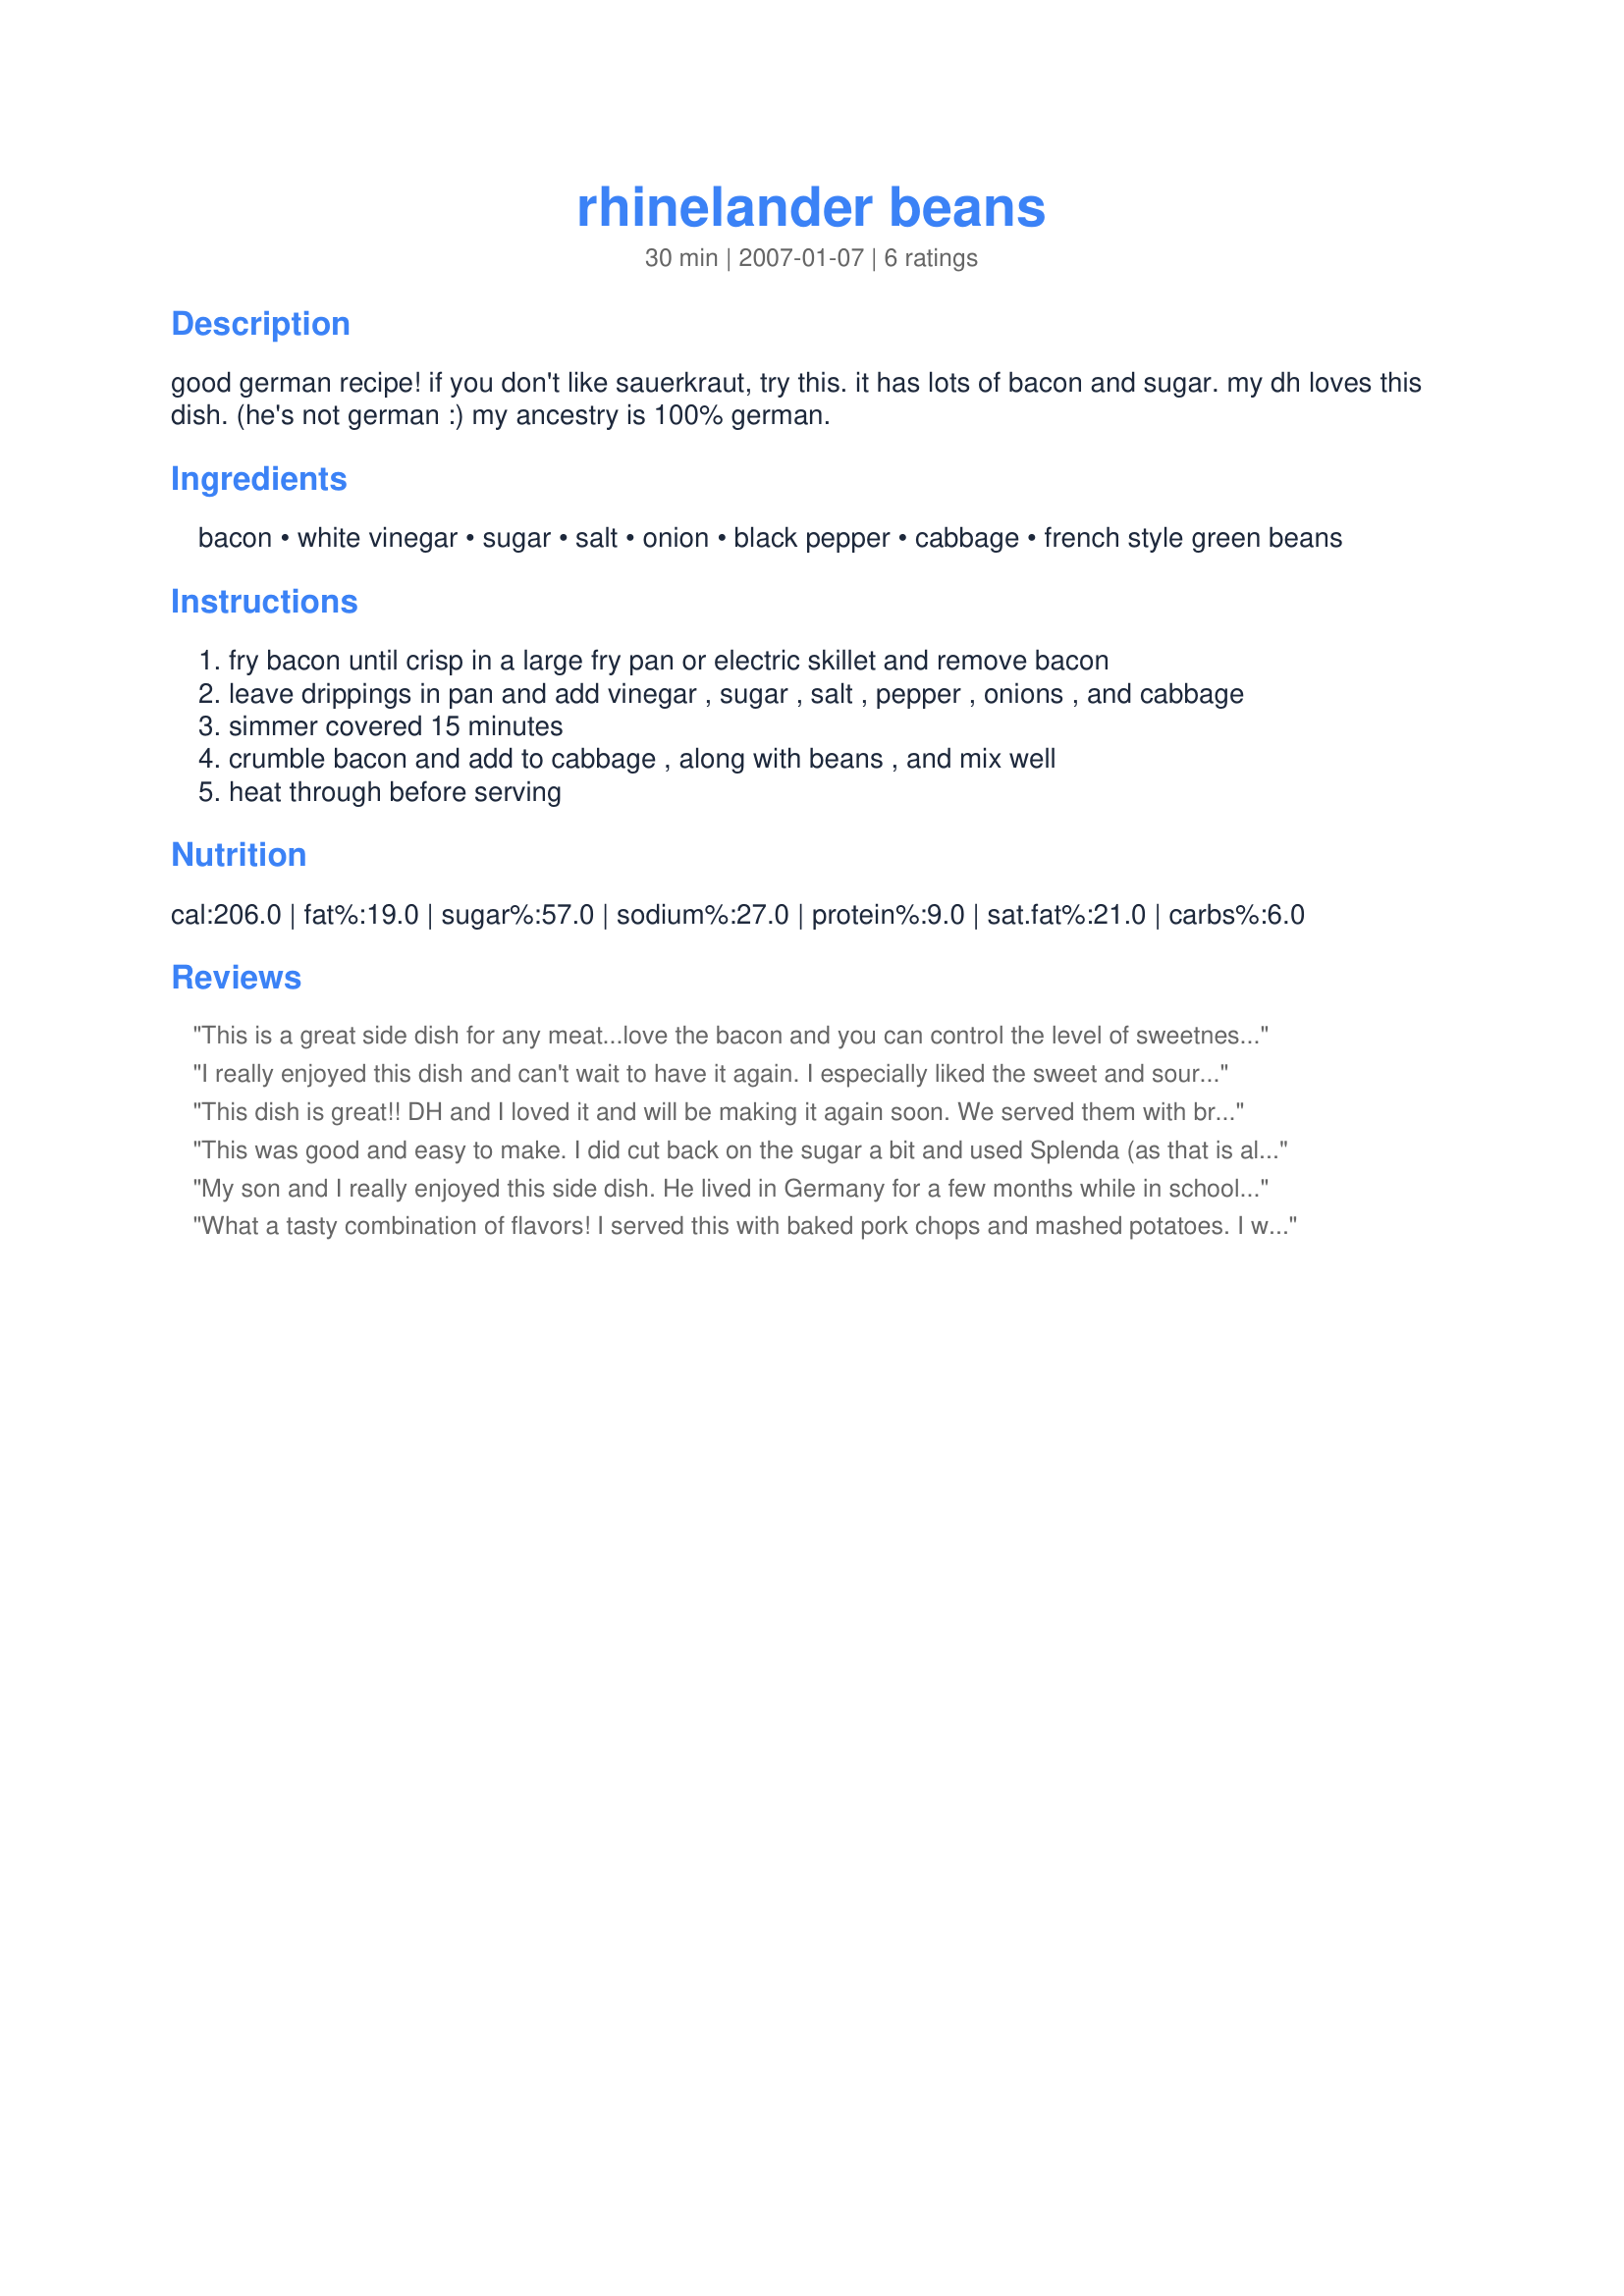
rhinelander beans
Preparation time: 30 minutes

good german recipe! if you don't like sauerkraut, try this. it has lots of bacon and sugar. my dh loves this dish. (he's not german :) my ancestry is 100% german.

Ingredients:
bacon, white vinegar, sugar, salt, onion, black pepper, cabbage, french style green beans

Steps:
fry bacon until crisp in a large fry pan or electric skillet and remove bacon
leave drippings in pan and add vinegar , sugar , salt , pepper , onions , and cabbage
simmer covered 15 minutes
crumble bacon and add to cabbage , along with beans , and mix well
heat through before serving

Reviews:
This is a great side dish for any meat...love the bacon and you can control the level of sweetness to your liking. I cut mine to 1/4 cup for Cooking Club night.
I really enjoyed this dish and can't wait to have it again. I especially liked the sweet and sour flavour of the cabbage, combined with the onions, greenbeans and bacon. I didn't have any white vinegar, so I used cider vinegar. It gave it a nice tangy bite and worked well. This dish was quick and easy to make with excellant flavour and great textures. It's so tasty that I could have made the casserole my meal. Thanks so much for sharing.
This dish is great!! DH and I loved it and will be making it again soon. We served them with brats that had been braised in onions and beer and then grilled - perfect combination of dishes. Thanks for a new family favorite.
This was good and easy to make. I did cut back on the sugar a bit and used Splenda (as that is all I buy). I also used regular green beans as that it all I had. Other then that, I followed the recipe. This was a nice side dish.
My son and I really enjoyed this side dish. He lived in Germany for a few months while in school, and always talked about his host family's cooking. "Oma" would prepare a similar dish. We included this with schnitzel, spaetzle, and black forest cake for our annual German dinner. Thanks for helping us bring back great memories for my son.
What a tasty combination of flavors! I served this with baked pork chops and mashed potatoes. I will be making this again! Made for Alphabet Soup Game. Thanks for posting WI!
